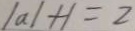
\vert a \vert + 1 = 2